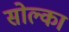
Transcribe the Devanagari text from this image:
सोल्का